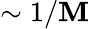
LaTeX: \sim1/\mathbf{M}